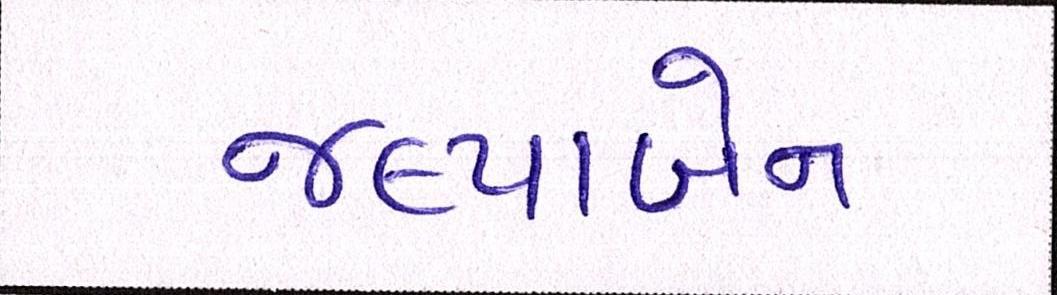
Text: જલ્પાબેન